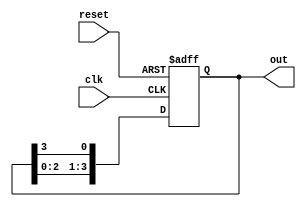
module ring_counter #(
    parameter N = 4  // Number of flip-flops (states)
)(
    input wire clk,      // Clock signal
    input wire reset,    // Reset signal
    output reg [N-1:0] out // Output representing the current state
);

// Internal signal to hold the next state
reg [N-1:0] next_state;

// Always block for state transition
always @(posedge clk or posedge reset) begin
    if (reset) begin
        // Initialize the counter to the starting state
        out <= 1'b1 << (N-1); // Set the initial state to 100...0
    end else begin
        // Update the state on clock edge
        out <= next_state;
    end
end

// Combinational logic to determine the next state
always @(*) begin
    next_state = {out[N-2:0], out[N-1]}; // Shift left and wrap around
end

endmodule